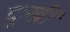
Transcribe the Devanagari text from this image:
दुःखीं